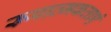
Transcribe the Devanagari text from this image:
रूपात्मकताएं